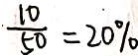
\frac { 1 0 } { 5 0 } = 2 0 \%